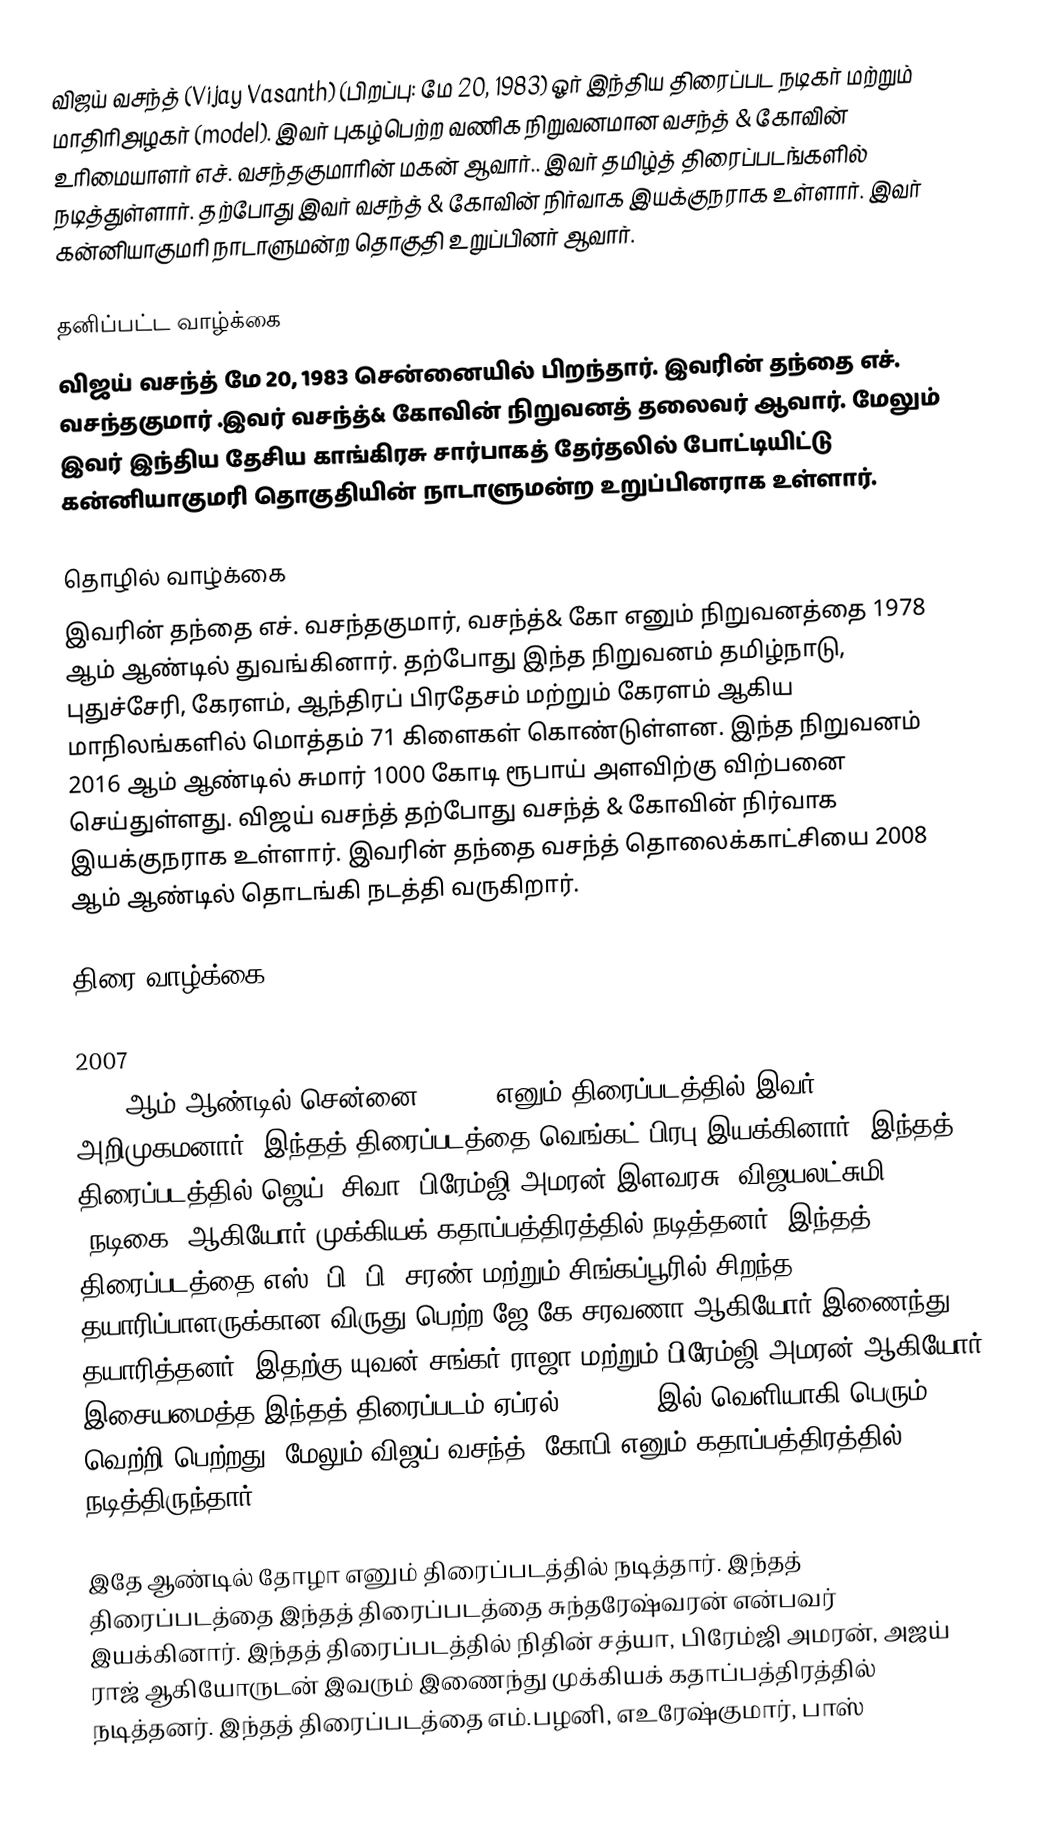
விஜய் வசந்த் (Vijay Vasanth) (பிறப்பு: மே 20, 1983) ஓர்  இந்திய திரைப்பட நடிகர் மற்றும் மாதிரிஅழகர் (model). இவர் புகழ்பெற்ற வணிக நிறுவனமான வசந்த் & கோவின் உரிமையாளர் எச். வசந்தகுமாரின் மகன் ஆவார்.. இவர் தமிழ்த் திரைப்படங்களில் நடித்துள்ளார். தற்போது இவர் வசந்த் & கோவின் நிர்வாக இயக்குநராக உள்ளார். இவர் கன்னியாகுமரி நாடாளுமன்ற தொகுதி உறுப்பினர் ஆவார்.

தனிப்பட்ட வாழ்க்கை
விஜய் வசந்த்  மே 20, 1983 சென்னையில் பிறந்தார். இவரின் தந்தை எச். வசந்தகுமார் .இவர் வசந்த்& கோவின் நிறுவனத் தலைவர் ஆவார். மேலும் இவர் இந்திய தேசிய காங்கிரசு சார்பாகத் தேர்தலில் போட்டியிட்டு கன்னியாகுமரி தொகுதியின் நாடாளுமன்ற உறுப்பினராக உள்ளார்.

தொழில் வாழ்க்கை
இவரின் தந்தை எச். வசந்தகுமார், வசந்த்& கோ எனும் நிறுவனத்தை 1978 ஆம் ஆண்டில் துவங்கினார். தற்போது இந்த நிறுவனம் தமிழ்நாடு, புதுச்சேரி, கேரளம், ஆந்திரப் பிரதேசம் மற்றும் கேரளம் ஆகிய மாநிலங்களில் மொத்தம் 71 கிளைகள் கொண்டுள்ளன. இந்த நிறுவனம் 2016 ஆம் ஆண்டில் சுமார் 1000 கோடி ரூபாய் அளவிற்கு விற்பனை செய்துள்ளது. விஜய் வசந்த் தற்போது  வசந்த் & கோவின் நிர்வாக இயக்குநராக உள்ளார். இவரின் தந்தை  வசந்த் தொலைக்காட்சியை 2008 ஆம் ஆண்டில் தொடங்கி நடத்தி வருகிறார்.

திரை வாழ்க்கை

2007
2007 ஆம் ஆண்டில் சென்னை 600028 எனும் திரைப்படத்தில் இவர் அறிமுகமனார். இந்தத் திரைப்படத்தை வெங்கட் பிரபு  இயக்கினார். இந்தத் திரைப்படத்தில் ஜெய், சிவா, பிரேம்ஜி அமரன்,இளவரசு, விஜயலட்சுமி (நடிகை) ஆகியோர் முக்கியக் கதாப்பத்திரத்தில் நடித்தனர். இந்தத் திரைப்படத்தை எஸ். பி. பி. சரண் மற்றும் சிங்கப்பூரில்  சிறந்த தயாரிப்பாளருக்கான விருது பெற்ற ஜே கே சரவணா ஆகியோர் இணைந்து தயாரித்தனர். இதற்கு யுவன் சங்கர் ராஜா மற்றும் பிரேம்ஜி அமரன் ஆகியோர் இசையமைத்த இந்தத் திரைப்படம் ஏப்ரல் 27, 2007 இல் வெளியாகி பெரும் வெற்றி பெற்றது. மேலும் விஜய் வசந்த், கோபி எனும் கதாப்பத்திரத்தில் நடித்திருந்தார்.

இதே ஆண்டில் தோழா எனும் திரைப்படத்தில் நடித்தார். இந்தத் திரைப்படத்தை இந்தத் திரைப்படத்தை சுந்தரேஷ்வரன் என்பவர்  இயக்கினார். இந்தத் திரைப்படத்தில் நிதின் சத்யா, பிரேம்ஜி அமரன், அஜய் ராஜ் ஆகியோருடன் இவரும் இணைந்து முக்கியக் கதாப்பத்திரத்தில் நடித்தனர். இந்தத் திரைப்படத்தை எம்.பழனி, எஉரேஷ்குமார், பாஸ்